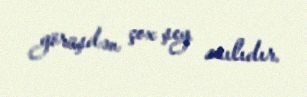
görüşdən çox şey asılıdır.